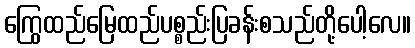
ကြွေထည်မြေထည်ပစ္စည်းပြခန်းစသည်တို့ပေါ့လေ။